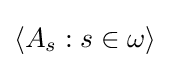
\langle A_{s}:s\in \omega \rangle